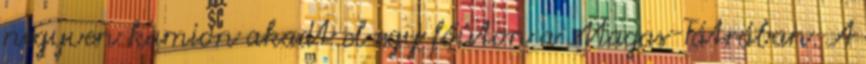
negyven kamion akadt el egy főúton a Magas-Tátrában. A